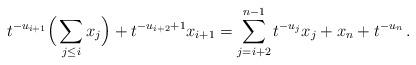
LaTeX: \begin{align*}t^{-u_{i+1}} \Big(\sum_{j \leq i} x_j\Big) + t^{-u_{i+2} + 1} x_{i+1} = \sum_{j = i+2}^{n-1} t^{-u_j} x_j + x_n + t^{-u_n} \, .\end{align*}